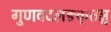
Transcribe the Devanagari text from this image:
गुणवदलङकृतञ्च